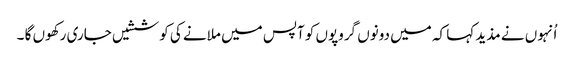
اُنہوں نے مذید کہا کہ میں دونوں گروپوں کو آپس میں ملانے کی کوششیں جاری رکھوں گا ۔